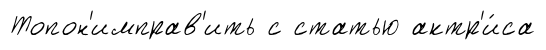
Топон'имправ'ить с статью актр'и́са